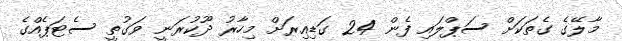
މާލޭގެ ގެތަކަށް ސަޕްލައި ފެން 24 ގަޑިއިރަށް މިހާރު ދޫކުރަނީ ވަގުތީ ސެޓަޕެއްގެ